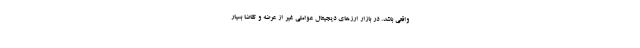
واقعی باشد. در بازار ارزهای دیجیتال عواملی غیر از عرضه و تقاضا بسیار